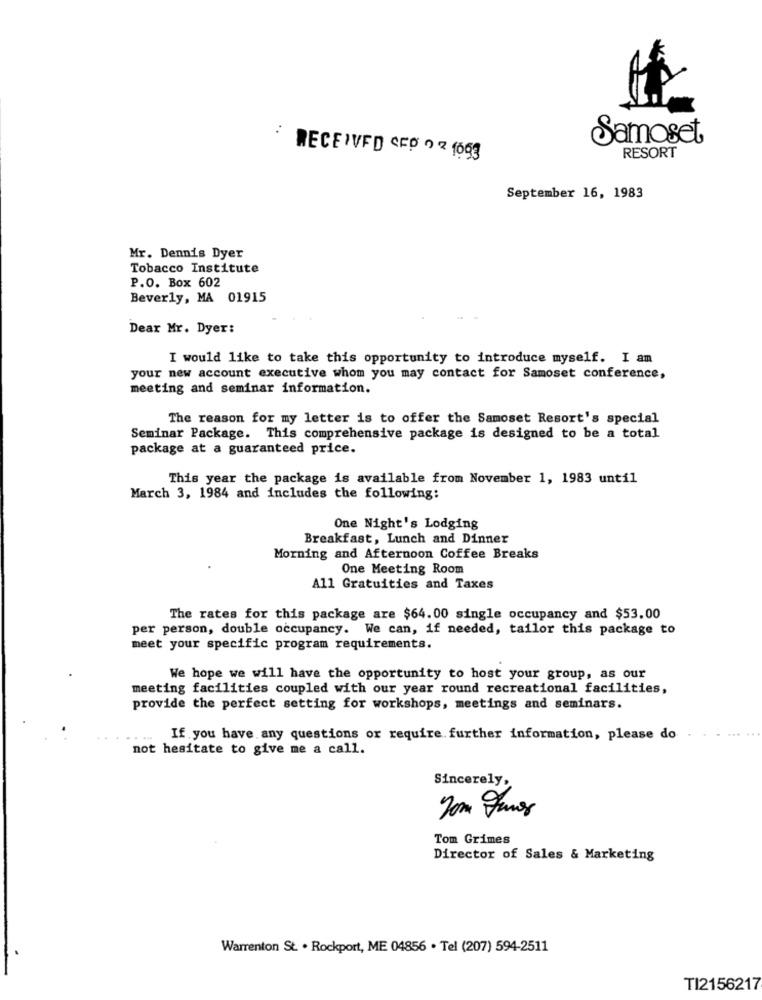
Samoset.
RECEIVED CED > < 1663
RESORT
September 16, 1983
Mr. Dennis Dyer
Tobacco Institute
P.O. Box 602
Beverly, MA 01915
Dear Mr. Dyer:
I would like to take this opportunity to introduce myself. I am
your new account executive whom you may contact for Samoset conference,
meeting and seminar information.
The reason for my letter is to offer the Samoset Resort's special
Seminar Package. This comprehensive package is designed to be a total
package at a guaranteed price.
This year the package is available from November 1, 1983 until
March 3, 1984 and includes the following:
One Night's Lodging
Breakfast, Lunch and Dinner
Morning and Afternoon Coffee Breaks
One Meeting Room
All Gratuities and Taxes
The rates for this package are $64.00 single occupancy and $53.00
per person, double occupancy. We can, if needed, tailor this package to
meet your specific program requirements.
We hope we will have the opportunity to host your group, as our
meeting facilities coupled with our year round recreational facilities,
provide the perfect setting for workshops, meetings and seminars.
If you have any questions or require further information, please do
not hesitate to give me a call.
Sincerely,
Tom Grimes
Director of Sales & Marketing
Warrenton St. . Rockport, ME 04856 . Tel (207) 594-2511
TI2156217